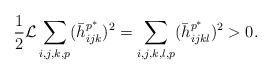
LaTeX: \begin{align*}\begin{aligned}&\frac{1}{2}\mathcal{L}\sum_{i,j,k,p}(\bar h_{ijk}^{p^{\ast}})^{2}=\sum_{i,j,k,l,p}(\bar h_{ijkl}^{p^{\ast}})^{2}>0.\\\end{aligned}\end{align*}